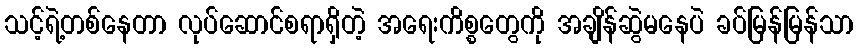
သင့်ရဲ့တစ်နေတာ လုပ်ဆောင်စရာရှိတဲ့ အရေးကိစ္စတွေကို အချိန်ဆွဲမနေပဲ ခပ်မြန်မြန်သာ